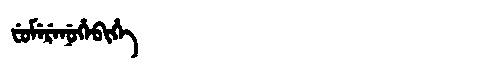
Manchu: ᠸᡠᠮᡝᡵᡝᠨᡠᡥᡝᠪᡳᡥᡝ
Romanization: FUMERENUHEBIHE